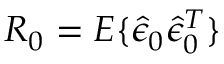
R _ { 0 } = E \{ \hat { \epsilon } _ { 0 } \hat { \epsilon } _ { 0 } ^ { T } \}